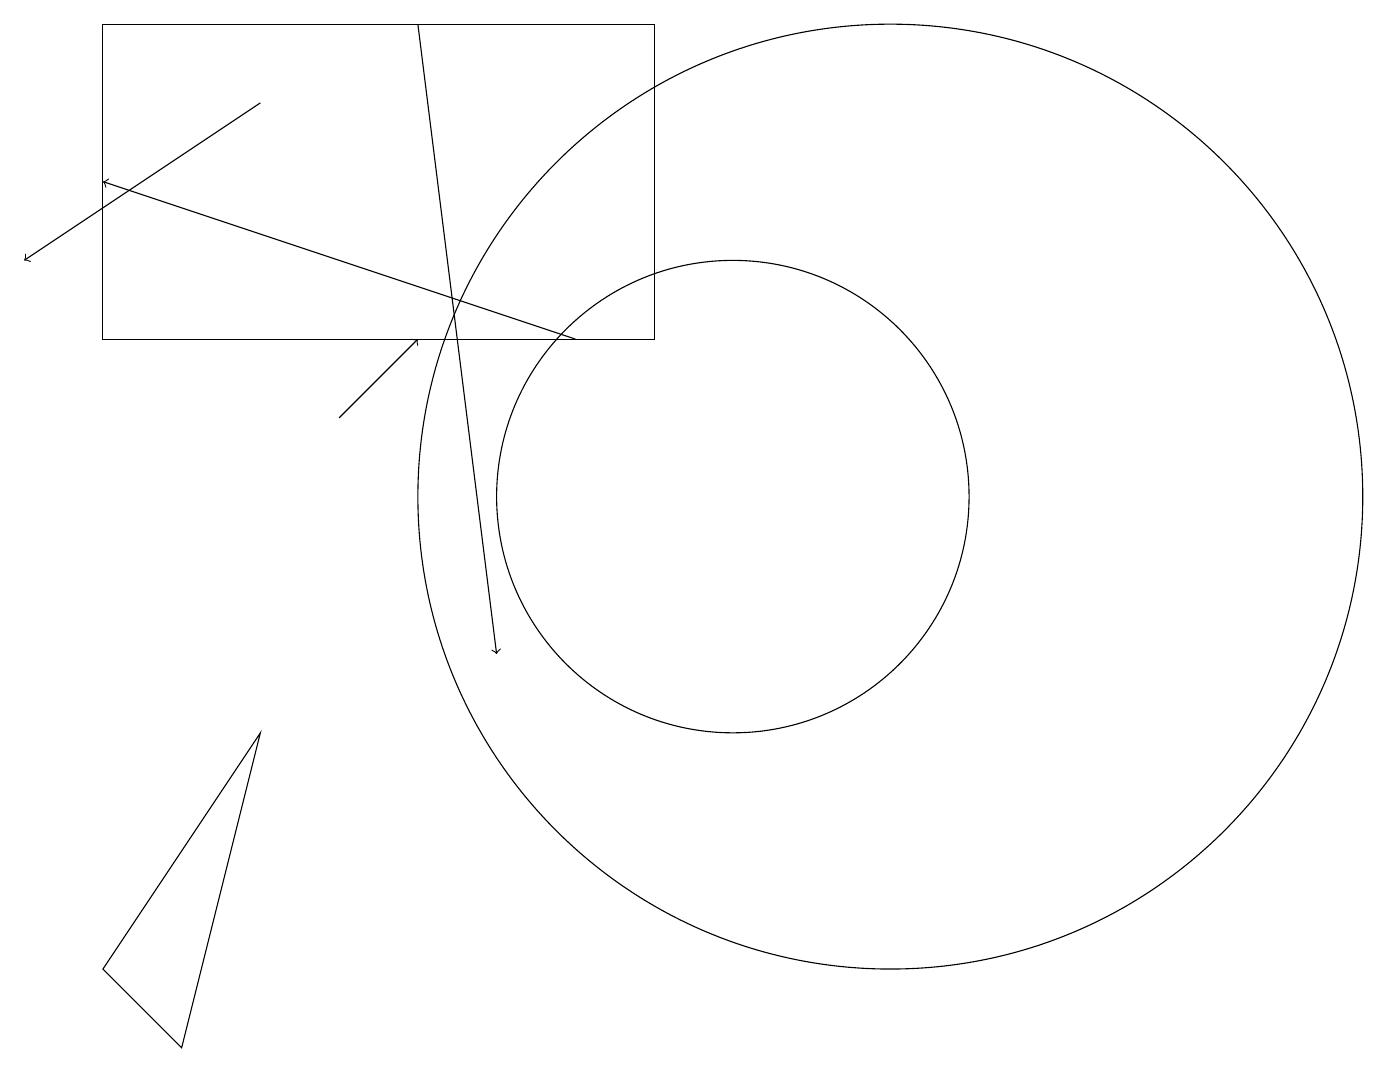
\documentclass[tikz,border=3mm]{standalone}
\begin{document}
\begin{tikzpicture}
\draw[->] (8,14) -- (2,16);
\draw (10,12) circle (3);
\draw (12,12) circle (6);
\draw (3,5) -- (4,9) -- (2,6) -- cycle;
\draw[->] (6,18) -- (7,10);
\draw[->] (5,13) -- (6,14);
\draw[->] (4,17) -- (1,15);
\draw (2,14) rectangle (9,18);
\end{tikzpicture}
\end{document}